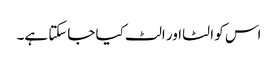
اس کو الٹا اور الٹ کیا جاسکتا ہے۔